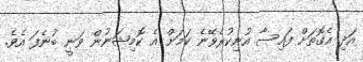
އަދި އެގޮތަށް ފައިސާ އުނިކުރެވޭނެ ކަމަށް އެ ކޮމިޝަނުން ވަނީ ބުނެފަ އެވެ.